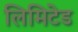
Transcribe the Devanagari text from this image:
लिमिटेड